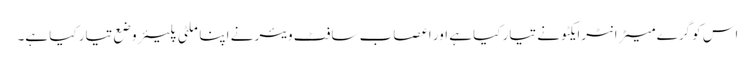
اس کو گرے میٹر انٹرایکٹو نے تیار کیا ہے اور اعصاب سافٹ ویئر نے اپنا ملٹی پلیئر وضع تیار کیا ہے۔